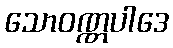
သောဝဏ္ဏပါဒေ